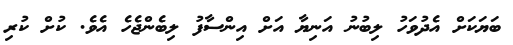
ބަޔަކަށް އެދުވަހު ލިބުނު އަނިޔާ އަށް އިންސާފު ލިބެންޖެހެ އެވެ. ކުށް ކުރި